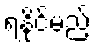
ရနိုင်မည့်